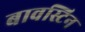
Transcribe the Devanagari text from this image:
बावस्टिन